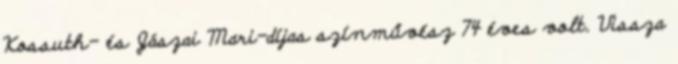
Kossuth- és Jászai Mari-díjas színművész 74 éves volt. Vissza